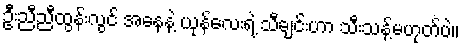
ဦးညီညီထွန်းလွင် အနေနဲ့ ယုန်လေးရဲ့ သီချင်းဟာ သီးသန့်မဟုတ်ပဲ။